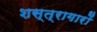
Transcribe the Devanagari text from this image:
शस्त्रागारों